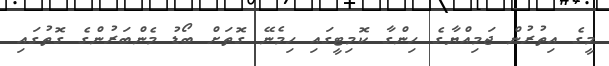
މީގެ އިތުރުން ޖަމިއްޔާގެ ހިންގާ ކޮމިޓީގައި ހިމެނޭ ގޮތަށް ބޯޑު މެންބަރުންގެ ގޮތުގައި